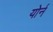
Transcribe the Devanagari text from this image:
योर्न